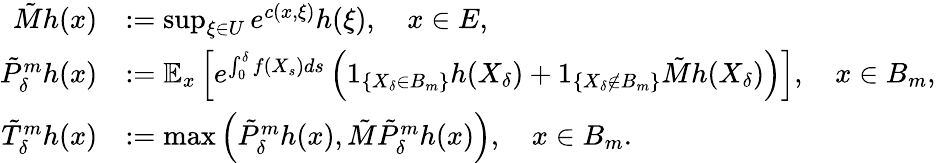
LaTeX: \begin{array}{rl}{\tilde{M}h(x)}&{:=\operatorname*{sup}_{\xi\in U}e^{c(x,\xi)}h(\xi),\quad x\in E,}\\ {\tilde{P}_{\delta}^{m}h(x)}&{:=\mathbb{E}_{x}\left[e^{\int_{0}^{\delta}f(X_{s})ds}\left(1_{\{ X_{\delta}\in B_{m}\} }h(X_{\delta})+1_{\{ X_{\delta}\notin B_{m}\} }\tilde{M}h(X_{\delta})\right)\right],\quad x\in B_{m},}\\ {\tilde{T}_{\delta}^{m}h(x)}&{:=\operatorname*{max}\left(\tilde{P}_{\delta}^{m}h(x),\tilde{M}\tilde{P}_{\delta}^{m}h(x)\right),\quad x\in B_{m}.}\end{array}